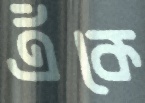
এঁকে